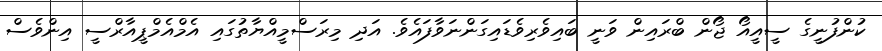
ކުންފުނީގެ ސީއީއޯ ޖޯން ބްރައިން ވަނީ ބައިވެރިވެޑައިގަންނަވާފައެވެ. އަދި މިރަސްމީއްޔާތުގައި އެމްއެމްޕީއާރްސީ އިންވެސް